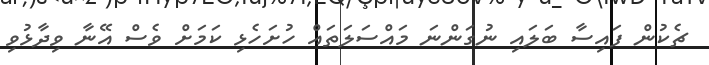
ޗެކުން ފައިސާ ބަލައި ނުގަންނަ މައްސަލަތައް ހުށަހެޅި ކަމަށް ވެސް އޭނާ ވިދާޅުވި